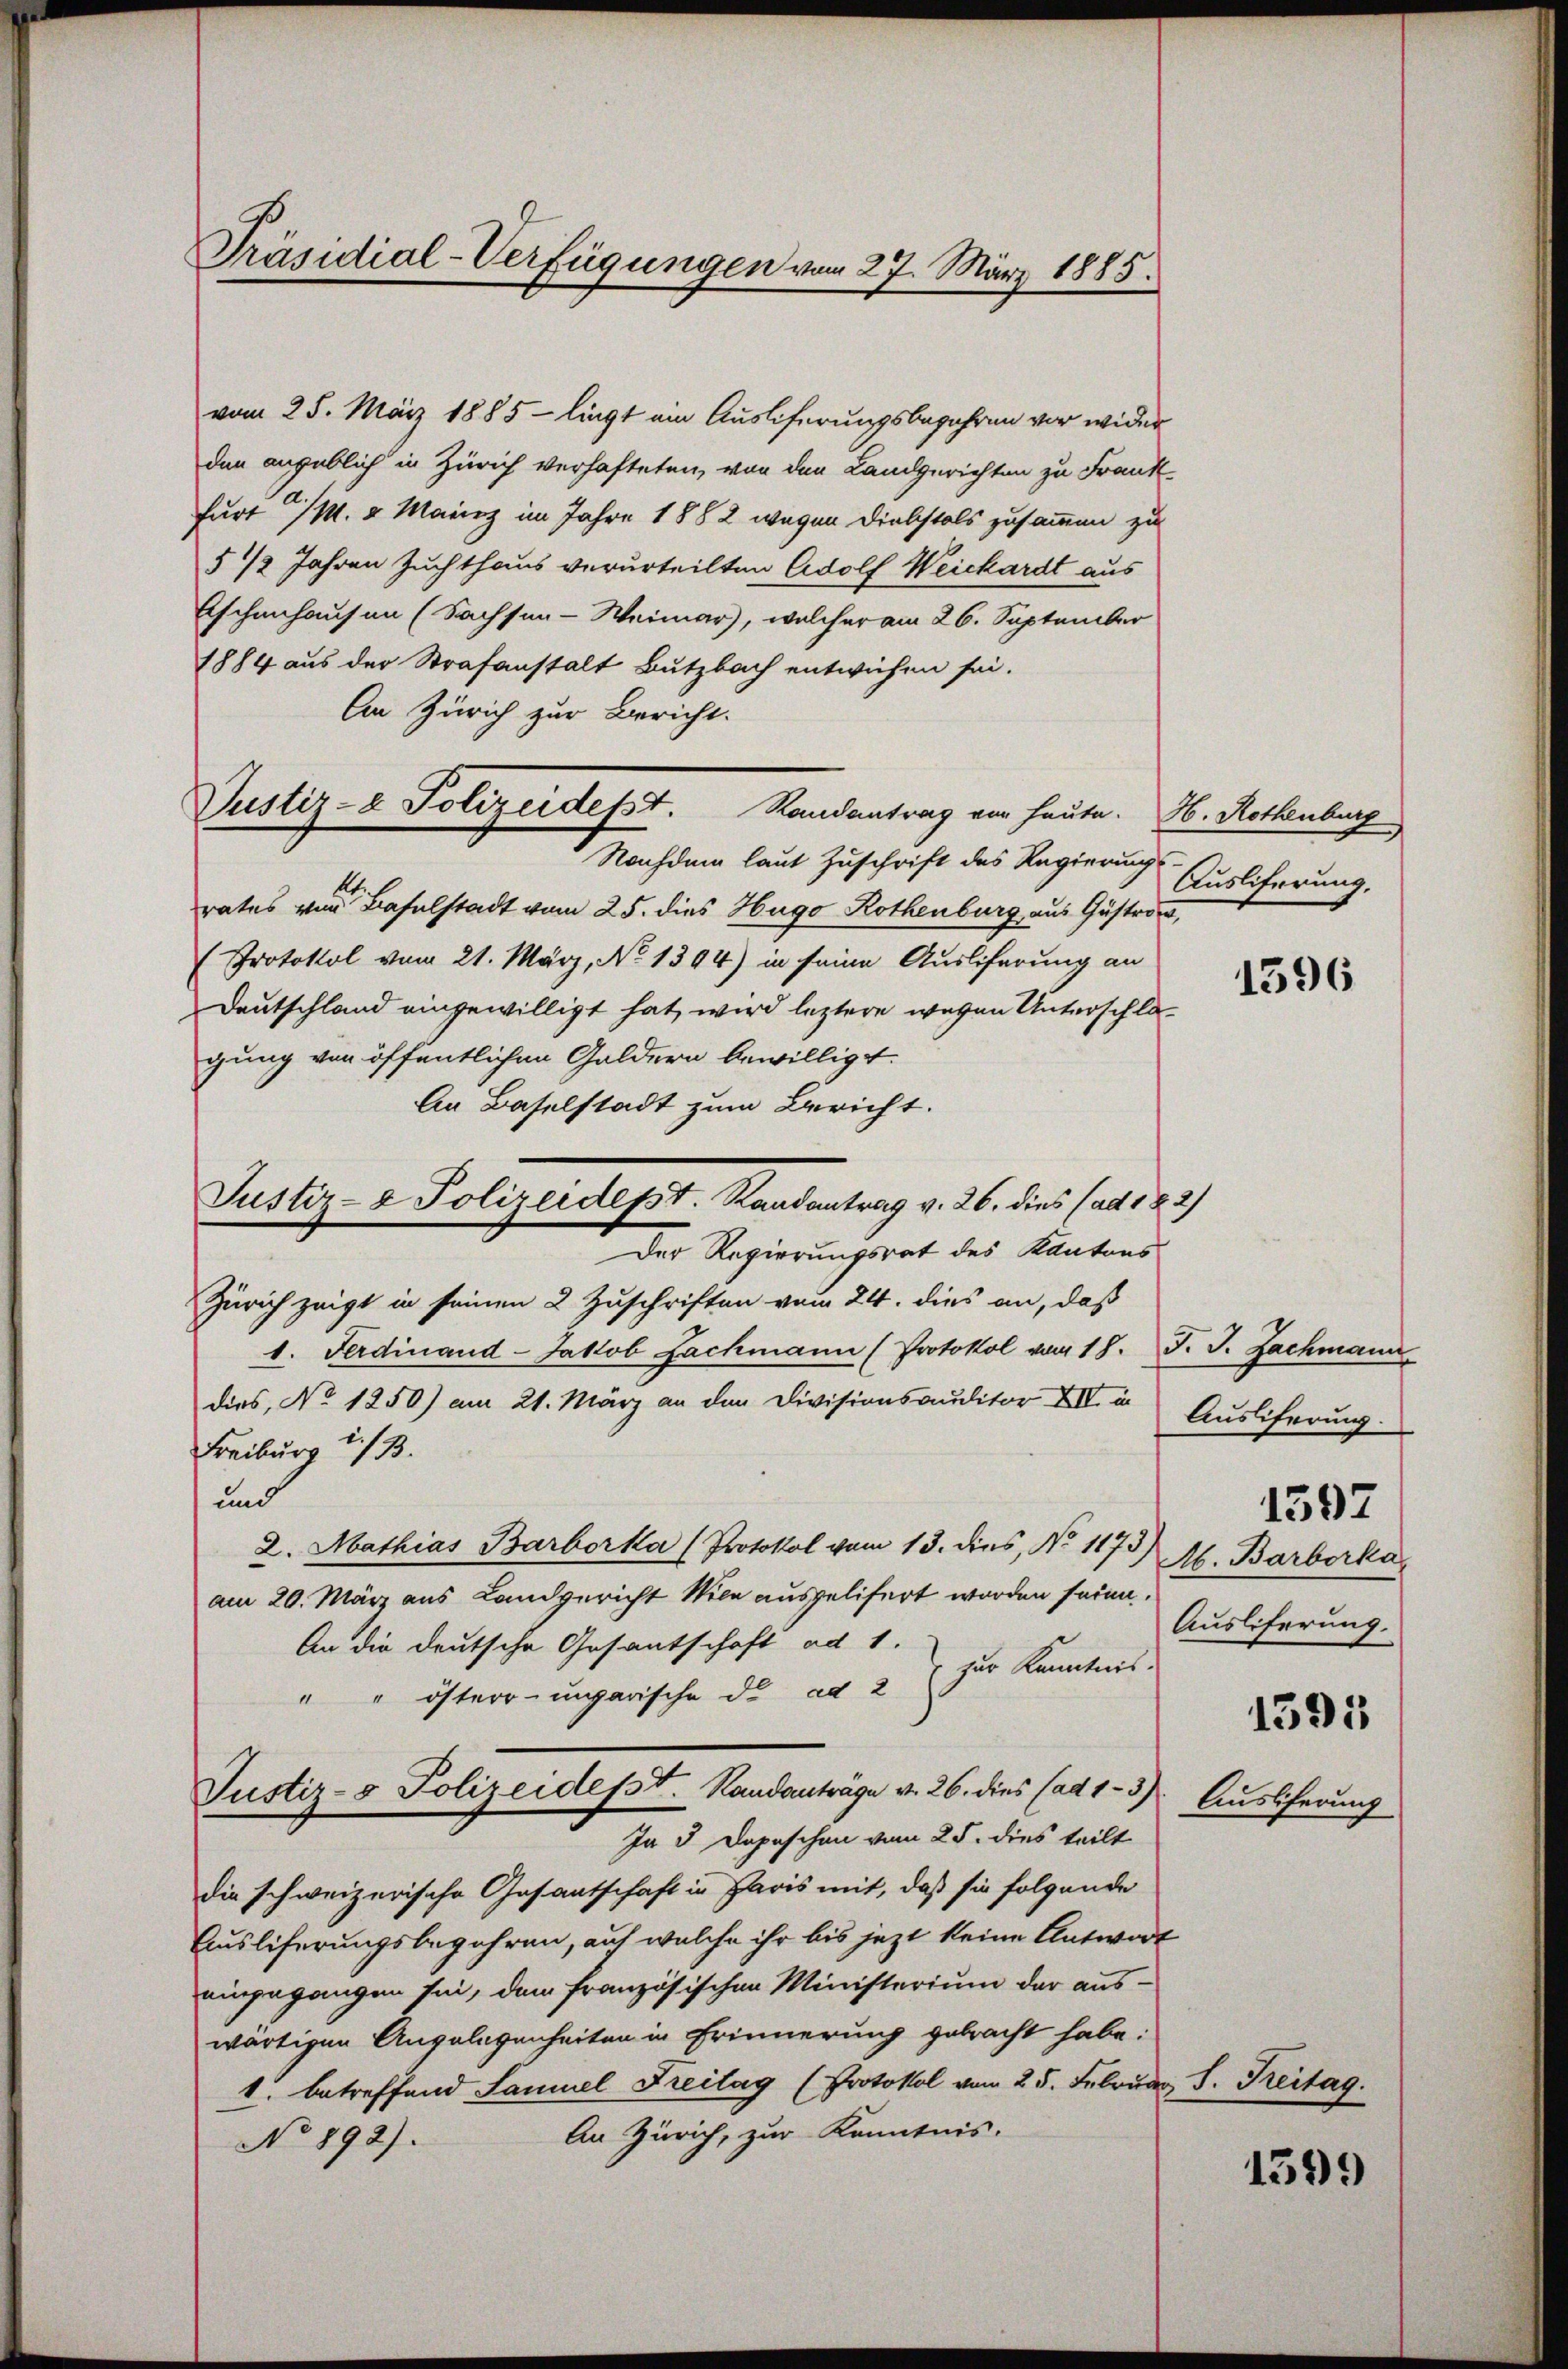
Präsidial-Verfügungen vom 27. März 1885.

Justiz- & Polizeidept. Randantrag v. 26. dies (ad 12.

vom 25. März 1885 - liegt ein Auslieferungsbejahren vor wider
den angeblich in Zürich verhafteten, von den Landgerichten zu Frank
furt /M. 2 Mainz im Jahre 1882 wegen Diebstals zusammen zu
§ 1/2 Jahren Zuchthaus verurteilten Adolf Weickardt aus
Eschenhausen (Sachsen-Weimar, welcher am 26. September
1884 aus der Strafanstalt Butzbach entwichen sei.
An Zürich zur Bericht.
Justiz- & Polizeidesst. Randantrag von heute. H. Rothenburg
Nachdem laut Zuschrift des Regierung
rates von Baselstadt vom 25. dies Hugo Rothenburg aus Gastro,
Protokol vom 21. März, No 1394) in seine Ausliferung an
Deutschland eingewilligt hat, wird leztere wegen Unterschlagung von öffentlichen Guldern bewilligt.
An Baselstadt zum Bericht.
Der Regierungsrat des Kantons
Zürich zeigt in seinen 2 Zuschriften vom 24. dies an, daß
1. Ferdinand-Jakob Fachmann (Protokol vom 18. J. J. Zachmann
dies, No 1250) am 21. März an den Divisionsauditor XII. in
Freiburg i./B.
und
2. Mathias Barborka (Protokol vom 13. dies, No 1173)
am 20. März aus Landgericht Wien ausgelifert worden seien.
An die deutsche Gesantschaft ad 1.
" " öster- ungarische di ad 2 zur Kenntnis.
Justiz- & Polizeidept. Standanträge v. 26. dies (ad 1-5). Auslieferung
In 3 Depeschen vom 25. dies teilt
die schweizerische Gesantschaft in Paris mit, daß sie folgende
Ausliferungsbegehren, auf welche ihr bis jezt keine Antwort
eingegangen sie, dem französischen Ministerium der aus-
wärtigen Angelegenheiten in Erinnerung gebracht habe:
1. betreffend Samuel Freitag (Protokol vom 25. Februder
An Zürich, zur Kenntnis.
No 892).

Ausliferung,

1596

Ausiferung.
1597
M. Barberka
Auslieferung.

1395

S. Reitag.

1399